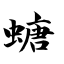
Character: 螗